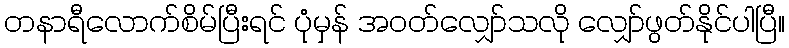
တနာရီလောက်စိမ်ပြီးရင် ပုံမှန် အဝတ်လျှော်သလို လျှော်ဖွတ်နိုင်ပါပြီ။